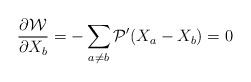
LaTeX: \begin{align*}\frac{\partial {\cal W} }{\partial X_{b}} = -\sum_{a\neq b} {\cal P}'(X_{a}-X_{b})=0 \end{align*}